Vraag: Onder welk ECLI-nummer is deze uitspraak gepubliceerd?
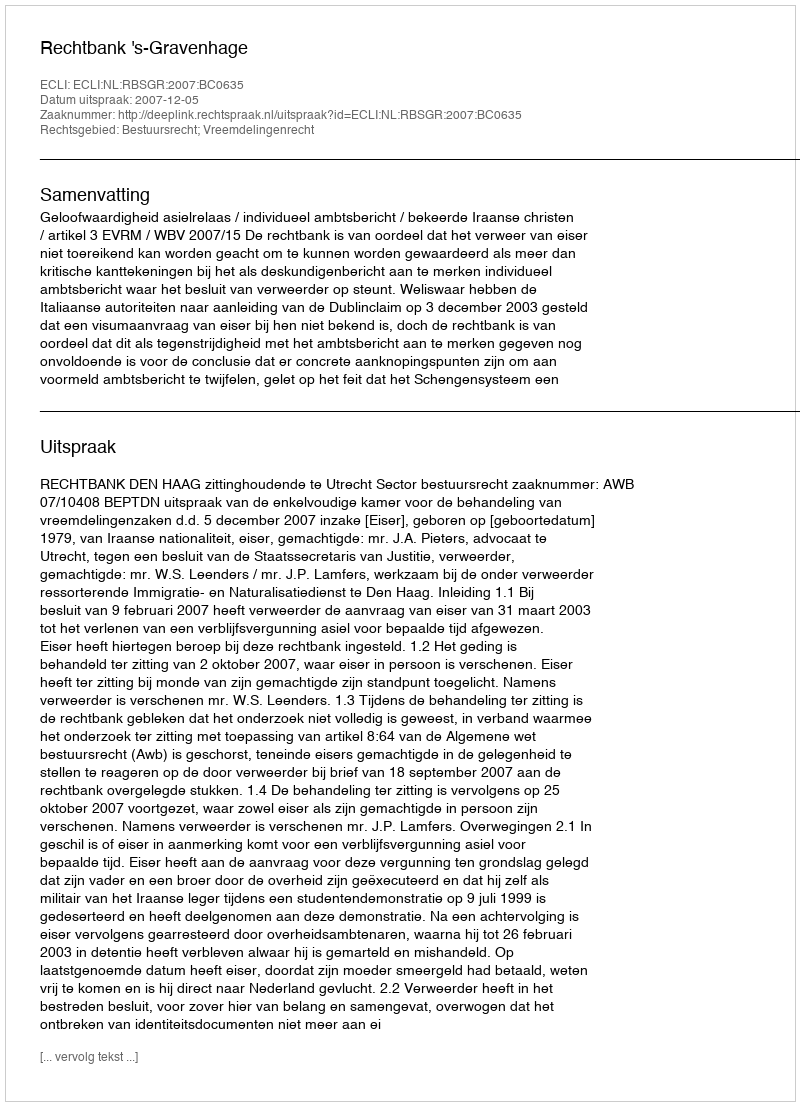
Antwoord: ECLI:NL:RBSGR:2007:BC0635